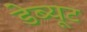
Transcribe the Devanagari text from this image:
डेब्यूट